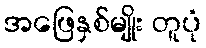
အဖြေနှစ်မျိုး တူပုံ